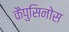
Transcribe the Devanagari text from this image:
कैपुसिनोस